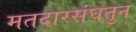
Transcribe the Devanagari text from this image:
मतदारसंघतुन